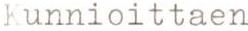
Kunnioittaen